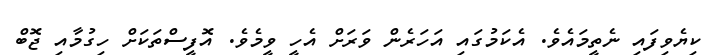
ކިޔެވިފައި ނެތީމައެވެ. އެކަމުގައި އަހަރެން ވަރަށް އެހީ ވީމެވެ. އޮފީސްތަކަށް ހިގުމާއި ޖޮބް